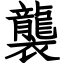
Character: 襲